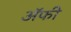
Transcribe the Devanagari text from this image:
अॅफी